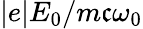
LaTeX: |e|E_{0}/m\mathfrak{c}\omega_{0}